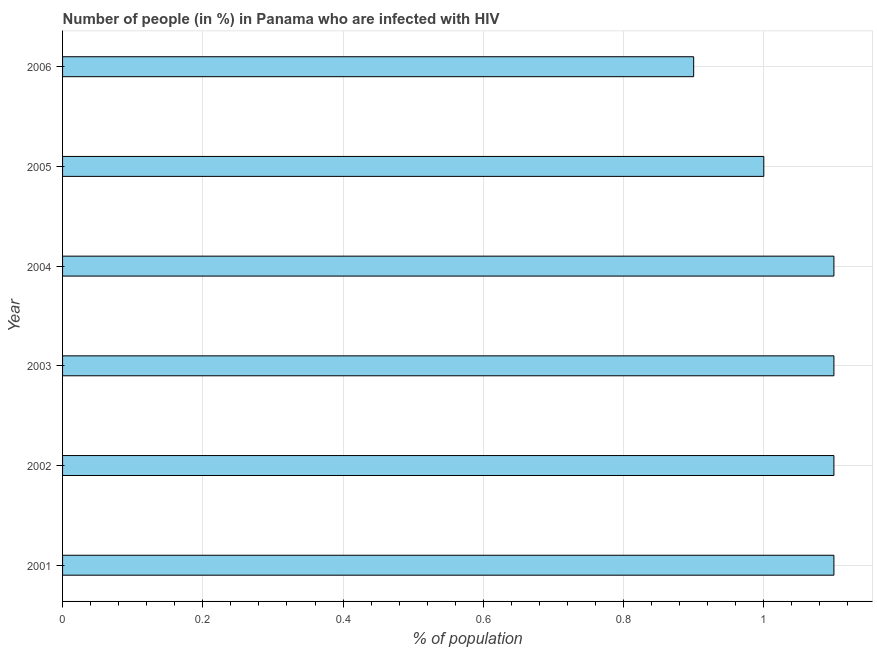
| Year | Infected with HIV |
 | --- | --- |
 | 2001 | 1.1 |
 | 2002 | 1.1 |
 | 2003 | 1.1 |
 | 2004 | 1.1 |
 | 2005 | 1 |
 | 2006 | 0.9 |